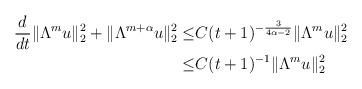
LaTeX: \begin{align*}\frac{d}{dt}\|\Lambda^{m}u\|_{2}^{2}+\|\Lambda^{m+\alpha}u\|_{2}^{2}\leq&C(t+1)^{-\frac{3}{4\alpha-2}}\|\Lambda^{m}u\|_{2}^{2}\\ \leq&C(t+1)^{-1}\|\Lambda^{m}u\|_{2}^{2}\end{align*}